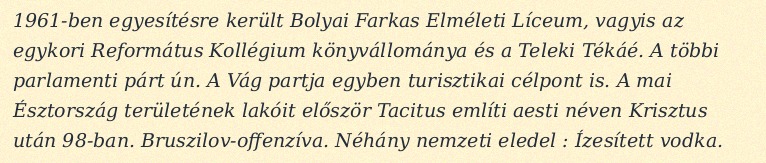
1961-ben egyesítésre került Bolyai Farkas Elméleti Líceum, vagyis az egykori Református Kollégium könyvállománya és a Teleki Tékáé. A többi parlamenti párt ún. A Vág partja egyben turisztikai célpont is. A mai Észtország területének lakóit először Tacitus említi aesti néven Krisztus után 98-ban. Bruszilov-offenzíva. Néhány nemzeti eledel : Ízesített vodka.